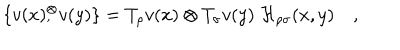
LaTeX: \{ v ( x ) { } _ { , } ^ { \otimes } v ( y ) \} = T _ { \rho } v ( x ) \otimes T _ { \sigma } v ( y ) \; { \cal H } _ { \rho \sigma } ( x , y ) \quad ,